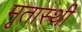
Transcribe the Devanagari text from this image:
मृतास्थी